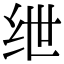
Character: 绁